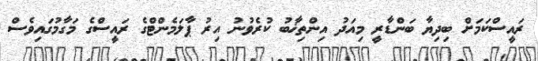
ރައީސްކަމަށް ބިދިޔާ ބަންޑާރީ މިއަދު އިންތިޚާބު ކުރެވުނު އިރު ޕާލަމެންޓްގެ ރައީސްގެ މަގާމުގައިވެސް